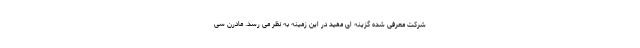
شرکت معرفی شده گزینه ای مفید در این زمینه به نظر می رسد. مادرن سی